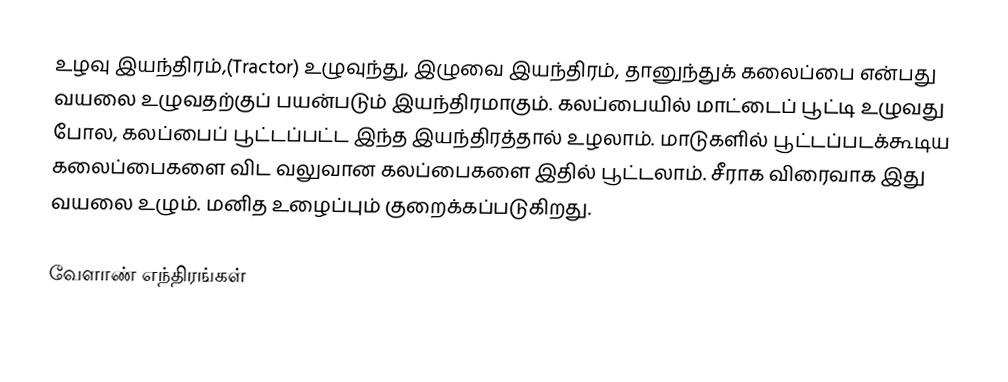
உழவு இயந்திரம்,(Tractor) உழுவுந்து, இழுவை இயந்திரம், தானுந்துக் கலைப்பை என்பது வயலை உழுவதற்குப் பயன்படும் இயந்திரமாகும். கலப்பையில் மாட்டைப் பூட்டி உழுவது போல, கலப்பைப் பூட்டப்பட்ட இந்த இயந்திரத்தால் உழலாம். மாடுகளில் பூட்டப்படக்கூடிய கலைப்பைகளை விட வலுவான கலப்பைகளை இதில் பூட்டலாம். சீராக விரைவாக இது வயலை உழும். மனித உழைப்பும் குறைக்கப்படுகிறது.

வேளாண் எந்திரங்கள்